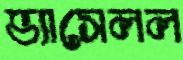
ভ্যাসেলল